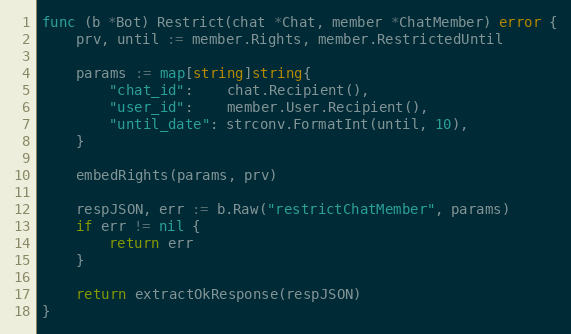
Language: Go
func (b *Bot) Restrict(chat *Chat, member *ChatMember) error {
	prv, until := member.Rights, member.RestrictedUntil

	params := map[string]string{
		"chat_id":    chat.Recipient(),
		"user_id":    member.User.Recipient(),
		"until_date": strconv.FormatInt(until, 10),
	}

	embedRights(params, prv)

	respJSON, err := b.Raw("restrictChatMember", params)
	if err != nil {
		return err
	}

	return extractOkResponse(respJSON)
}